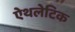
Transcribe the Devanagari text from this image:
ऐथलेटिक